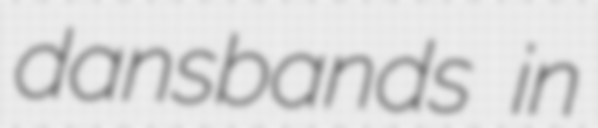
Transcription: dansbands in